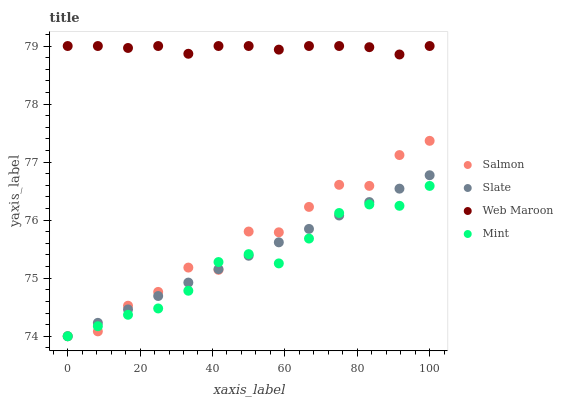
| xaxis_label | Salmon | Slate | Web Maroon | Mint |
 | --- | --- | --- | --- | --- |
 | 0 | 74 | 74 | 79 | 74 |
 | 8.33 | 74.1 | 74.2 | 79 | 74.2 |
 | 16.7 | 74.5 | 74.5 | 79 | 74.4 |
 | 25 | 74.8 | 74.7 | 79 | 74.5 |
 | 33.3 | 75.2 | 74.9 | 78.9 | 74.8 |
 | 41.7 | 75.1 | 75.2 | 79 | 75.3 |
 | 50 | 75.8 | 75.4 | 79 | 75.4 |
 | 58.3 | 75.8 | 75.6 | 78.9 | 75.3 |
 | 66.7 | 76.2 | 75.8 | 79 | 75.7 |
 | 75 | 76.6 | 76.1 | 79 | 76.1 |
 | 83.3 | 76.6 | 76.3 | 79 | 76.3 |
 | 91.7 | 77.1 | 76.5 | 78.9 | 76.2 |
 | 100 | 77.4 | 76.8 | 79 | 76.6 |